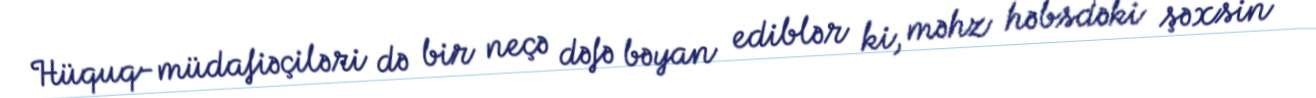
Hüquq-müdafiəçiləri də bir neçə dəfə bəyan ediblər ki, məhz həbsdəki şəxsin